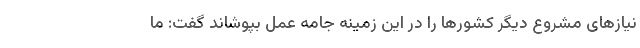
نیازهای مشروع دیگر کشورها را در این زمینه جامه عمل بپوشاند گفت: ما